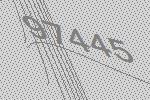
97445